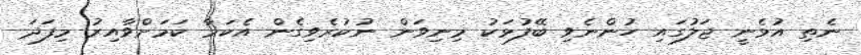
ނެތި އުޅެނީ ޖަލުގައި ހުންނެވި ބޭފުޅަކު މިނިވަން ނުކުރެވިގެން އެކަމާ ކަމަށްވާއިރު މިފަދަ